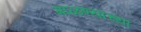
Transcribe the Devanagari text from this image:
गाळण्याच्या